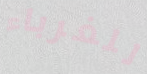
للغرباء